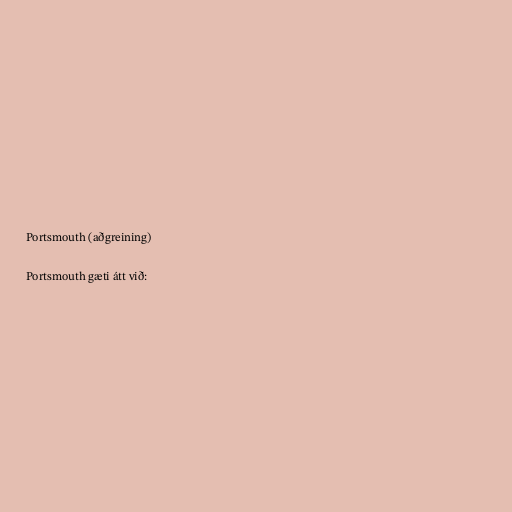
Portsmouth (aðgreining)

Portsmouth gæti átt við: